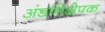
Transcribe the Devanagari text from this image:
अंडनिक्षेपक